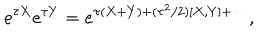
LaTeX: e ^ { \tau X } e ^ { \tau Y } = e ^ { \tau ( X + Y ) + ( \tau ^ { 2 } / 2 ) [ X , Y ] + \cdots } ,